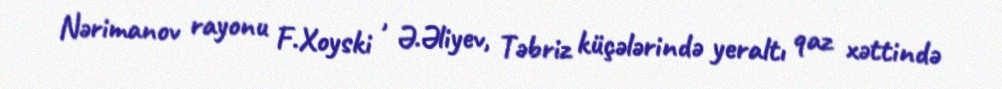
Nərimanov rayonu F.Xoyski , Ə.Əliyev, Təbriz küçələrində yeraltı qaz xəttində